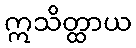
ဣသိတ္ထာယ